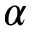
\alpha